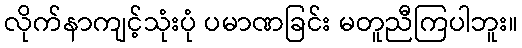
လိုက်နာကျင့်သုံးပုံ ပမာဏခြင်း မတူညီကြပါဘူး။